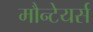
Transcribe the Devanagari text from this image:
मौन्टेयर्स